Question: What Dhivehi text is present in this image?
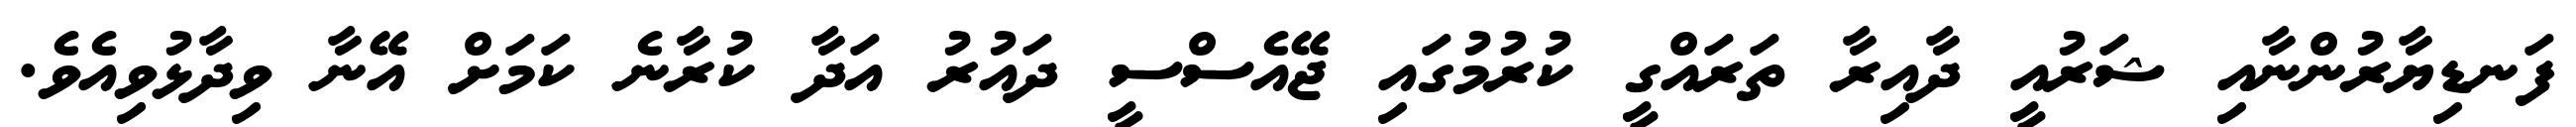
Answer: ފަނޑިޔާރުންނާއި ޝަރުއީ ދާއިރާ ތަރައްގީ ކުރުމުގައި ޖޭއެސްސީ ދައުރު އަދާ ކުރާނެ ކަމަށް އޭނާ ވިދާޅުވިއެވެ.